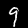
Label: 9